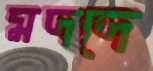
মদদে